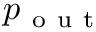
p _ { \mathrm { ~ o ~ u ~ t ~ } }